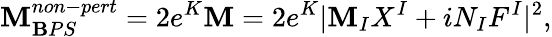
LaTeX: {\cal\mathbf{M}}_{\mathbf{B}PS}^{non-pert}=2e^{K}{\cal\mathbf{M}}={2}e^{K}|\mathbf{M}_{I}X^{I}+iN_{I}F^{I}|^{2},